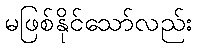
မဖြစ်နိုင်သော်လည်း